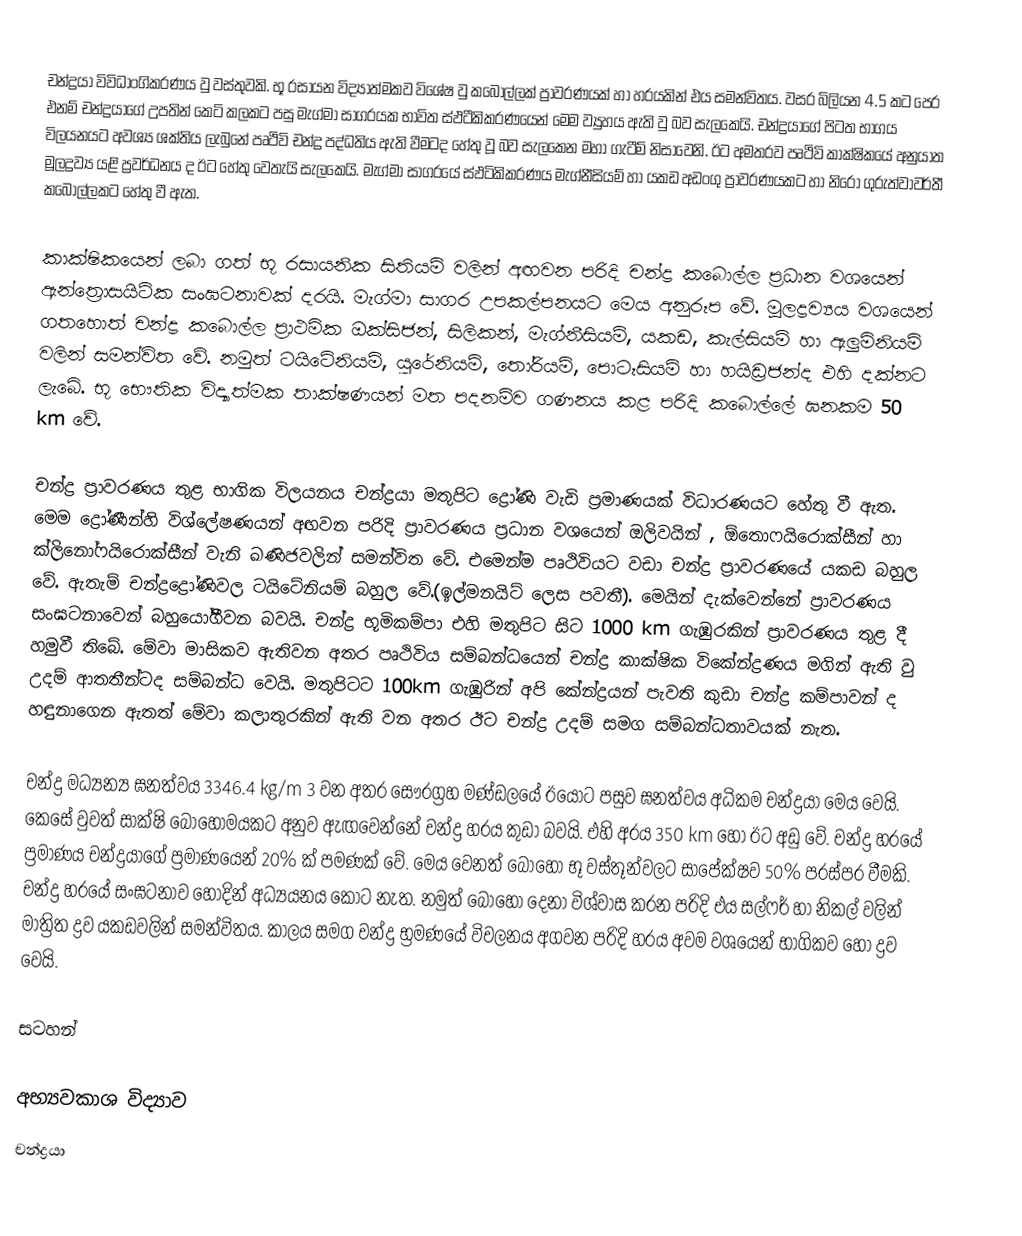
චන්ද්‍රයා විවිධාංගිකරණය වු වස්තුවකි. භූ රසායන විද්‍යාත්මකව විශේෂ වු කබොල්ලක් ප්‍රාවරණයක් හා හරයකින් එය සමන්විතය. වසර බිලියන 4.5 කට පෙර එනම් චන්ද්‍රයාගේ උපතින් කෙටි කලකට පසු මැග්මා සාගරයක භාවිත ස්ඵටීකිකරණයෙන් මෙම ව්‍යුහය ඇති වු බව සැලකෙයි. චන්ද්‍රයාගේ පිටත භාගය විලයනයට අවශ්‍ය ශක්තිය ලැබුනේ පෘථිවි චන්ද්‍ර පද්ධතිය ඇති වීමටද හේතු වූ බව සැලකෙන මහා ගැටීම් නිසාවෙනි. ඊට අමතරව පෘථිවි කාක්ෂිකයේ අනුයාත මූලද්‍රව්‍ය යළි ප්‍රවර්ධනය ද ඊට හේතු වෙතැයි සැලකෙයි. මැග්මා සාගරයේ ස්ඵටිකිකරණය මැග්නීසියම් හා යකඩ අඩංගු ප්‍රාවරණයකට හා නිරෝ ගුරුත්වාවර්තී කබොල්ලකට හේතු වී ඇත.

කාක්ෂිකයෙන් ලබා ගත් භූ රසායනික සිතියම් වලින් අඟවන පරිදි චන්ද්‍ර කබොල්ල ප්‍රධාන වශයෙන් ඇන්ත්‍රොසයිටික සංඝටනාවක් දරයි. මැග්මා සාගර උපකල්පනයට මෙය අනුරූප වේ. මූලද්‍රව්‍යය වශයෙන් ගතහොත් චන්ද්‍ර කබොල්ල ප්‍රාථමික ඔක්සිජන්, සිලිකන්, මැග්නීසියම්, යකඩ, කැල්සියම් හා ඇලුමිනියම් වලින් සමන්විත වේ. නමුත් ටයිටේනියම්, යුරේනියම්, තෝරියම්, පොටෑසියම් හා හයිඩ්‍රජන්ද එහි දක්නට ලැබේ. භූ භෞතික විද්‍යාත්මක තාක්ෂණයන් මත පදනම්ව ගණනය කළ පරිදි කබොල්ලේ ඝනකම 50 km වේ.

චන්ද්‍ර ප්‍රාවරණය තුළ භාගික විලයනය චන්ද්‍රයා මතුපිට ද්‍රෝණි වැඩි ප්‍රමාණයක් විධාරණයට හේතු වී ඇත. මෙම ද්‍රෝණීන්හි විශ්ලේෂණයන් අඟවන පරිදි ප්‍රාවරණය ප්‍රධාන වශයෙන් ඔලිවයින් , ඕතොෆයිරොක්සීන් හා ක්ලිනෝෆයිරොක්සීන් වැනි ඛණිජවලින් සමන්විත වේ. එමෙන්ම පෘථිවියට වඩා චන්ද්‍ර ප්‍රාවරණයේ යකඩ බහුල වේ. ඇතැම් චන්ද්‍රද්‍රෝණිවල ටයිටේනියම් බහුල වේ.(ඉල්මනයිට් ලෙස පවතී). මෙයින් දැක්වෙන්නේ ප්‍රාවරණය සංඝටනාවෙන් බහුයෝගීවන බවයි. චන්ද්‍ර භූමිකම්පා එහි මතුපිට සිට 1000 km ගැඹුරකින් ප්‍රාවරණය තුළ දී හමුවී තිබේ. මේවා මාසිකව ඇතිවන අතර පෘථිවිය සම්බන්ධයෙන් චන්ද්‍ර කාක්ෂික විකේන්ද්‍රණය මගින් ඇති වු උදම් ආතතීන්ටද සම්බන්ධ වෙයි. මතුපිටට 100km ගැඹුරින් අපි කේන්ද්‍රයන් පැවති කුඩා චන්ද්‍ර කම්පාවන් ද හඳුනාගෙන ඇතත් මේවා කලාතුරකින් ඇති වන අතර ඊට චන්ද්‍ර උදම් සමග සම්බන්ධතාවයක් නැත.

චන්ද්‍ර මධ්‍යන්‍ය ඝනත්වය 3346.4 kg/m 3 වන අතර සෞරග්‍රහ මණ්ඩලයේ ඊයෝට පසුව ඝනත්වය අධිකම චන්ද්‍රයා මෙය වෙයි. කෙසේ වුවත් සාක්ෂි බොහොමයකට අනුව ඇඟවෙන්නේ චන්ද්‍ර හරය කුඩා බවයි. එහි අරය 350 km හෝ ඊට අඩු වේ. චන්ද්‍ර හරයේ ප්‍රමාණය චන්ද්‍රයාගේ ප්‍රමාණයෙන් 20% ක් පමණක් වේ. මෙය වෙනත් බොහෝ භූ වස්තූන්වලට සාපේක්ෂව 50% පරස්පර වීමකි. චන්ද්‍ර හරයේ සංඝටනාව හොදින් අධ්‍යයනය කොට නැත. නමුත් බොහෝ දෙනා විශ්වාස කරන පරිදි එය සල්ෆර් හා නිකල් වලින් මාත්‍රිත ද්‍රව යකඩවලින් සමන්විතය. කාලය සමග චන්ද්‍ර භ්‍රමණයේ විචලනය අගවන පරිදි හරය අවම වශයෙන් භාගිකව හෝ ද්‍රව වෙයි.

සටහන්

අභ්‍යවකාශ විද්‍යාව
චන්ද්‍රයා